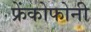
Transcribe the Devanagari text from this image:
फ्रेंकोफोनी